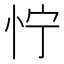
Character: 㤖